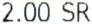
2.00 SR